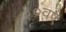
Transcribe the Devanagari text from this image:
३०वए